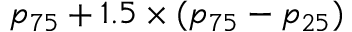
p _ { 7 5 } + 1 . 5 \times ( p _ { 7 5 } - p _ { 2 5 } )